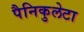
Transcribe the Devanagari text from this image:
पैनिकुलेटा